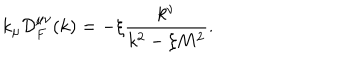
k _ { \mu } { \cal D } _ { F } ^ { \mu \nu } ( k ) = - \xi \frac { k ^ { \nu } } { k ^ { 2 } - \xi M ^ { 2 } } .